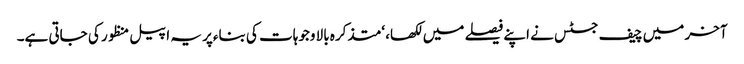
آخر میں چیف جسٹس نے اپنے فیصلے میں لکھا، ‘متذکرہ بالا وجوہات کی بناءپر یہ اپیل منظور کی جاتی ہے۔